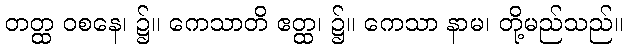
တတ္ထ ဝစနေ၊ ၌။ ကေသာတိ ဧတ္ထ၊ ၌။ ကေသာ နာမ၊ တို့မည်သည်။